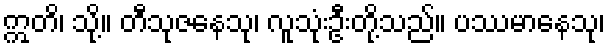
ဣတိ၊ သို့။ တီသုဇနေသု၊ လူသုံးဦးတို့သည်။ ပဿမာနေသု၊